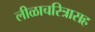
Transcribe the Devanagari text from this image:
लीळाचरित्रासह